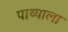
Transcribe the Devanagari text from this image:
पाथ्याला